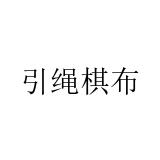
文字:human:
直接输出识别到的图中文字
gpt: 引绳棋布